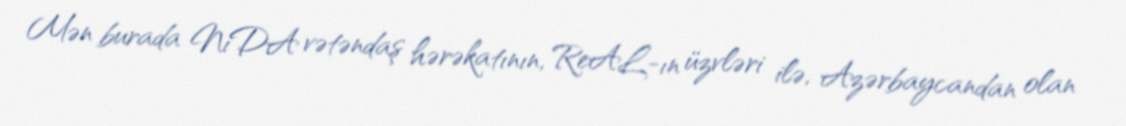
Mən burada NiDA vətəndaş hərəkatının, ReAL-ın üzvləri ilə, Azərbaycandan olan